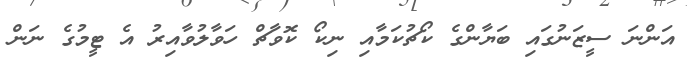
އަންނަ ސީޒަނުގައި ބަޔާންގެ ކޯޗުކަމާއި ނިކޯ ކޮވާޗް ހަވާލުވާއިރު އެ ޓީމުގެ ނަން